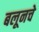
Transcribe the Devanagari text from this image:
बलूनचे